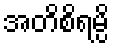
အတိစိရမ္ပိ